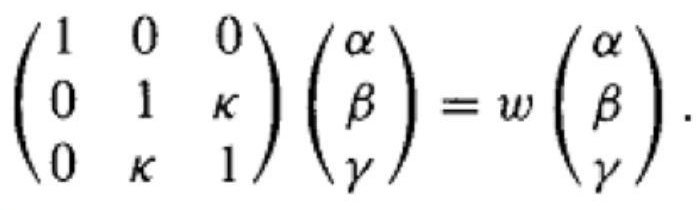
$\begin{pmatrix}
1 & 0 & 0 \\
0 & 1 & \kappa \\
0 & \kappa & 1
\end{pmatrix}
\begin{pmatrix}
\alpha \\
\beta \\
\gamma
\end{pmatrix}
= w
\begin{pmatrix}
\alpha \\
\beta \\
\gamma
\end{pmatrix}
.$